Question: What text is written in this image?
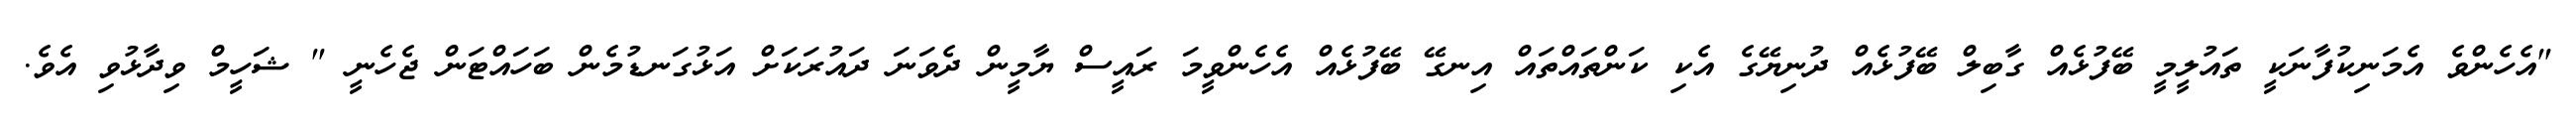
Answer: "އެހެންވެ އެމަނިކުފާނަކީ ތައުލީމީ ބޭފުޅެއް ގާބިލް ބޭފުޅެއް ދުނިޔޭގެ އެކި ކަންތައްތައް އިނގޭ ބޭފުޅެއް އެހެންވީމަ ރައީސް ޔާމީން ދެވަނަ ދައުރަކަށް އަޅުގަނޑުމެން ބަހައްޓަން ޖެހެނީ " ޝަހީމް ވިދާޅުވި އެވެ.